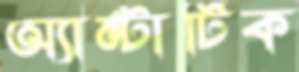
অ্যান্টার্টিক